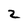
Character: 2